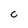
Character: c